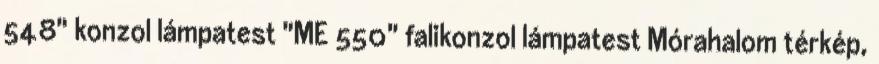
548" konzol lámpatest "ME 550" falikonzol lámpatest Mórahalom térkép,